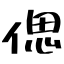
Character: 偲